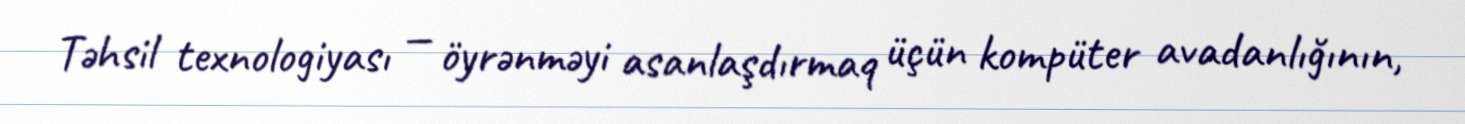
Təhsil texnologiyası — öyrənməyi asanlaşdırmaq üçün kompüter avadanlığının,